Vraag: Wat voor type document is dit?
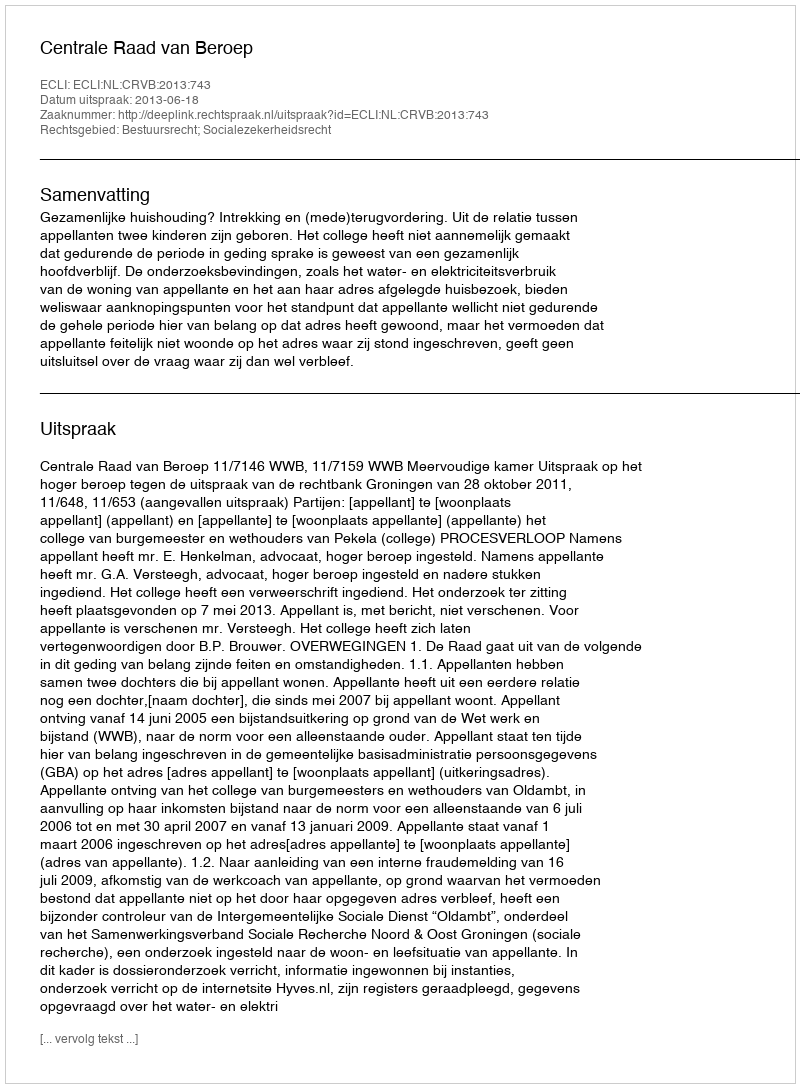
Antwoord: Uitspraak